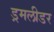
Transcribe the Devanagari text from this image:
ड्रमलीडर